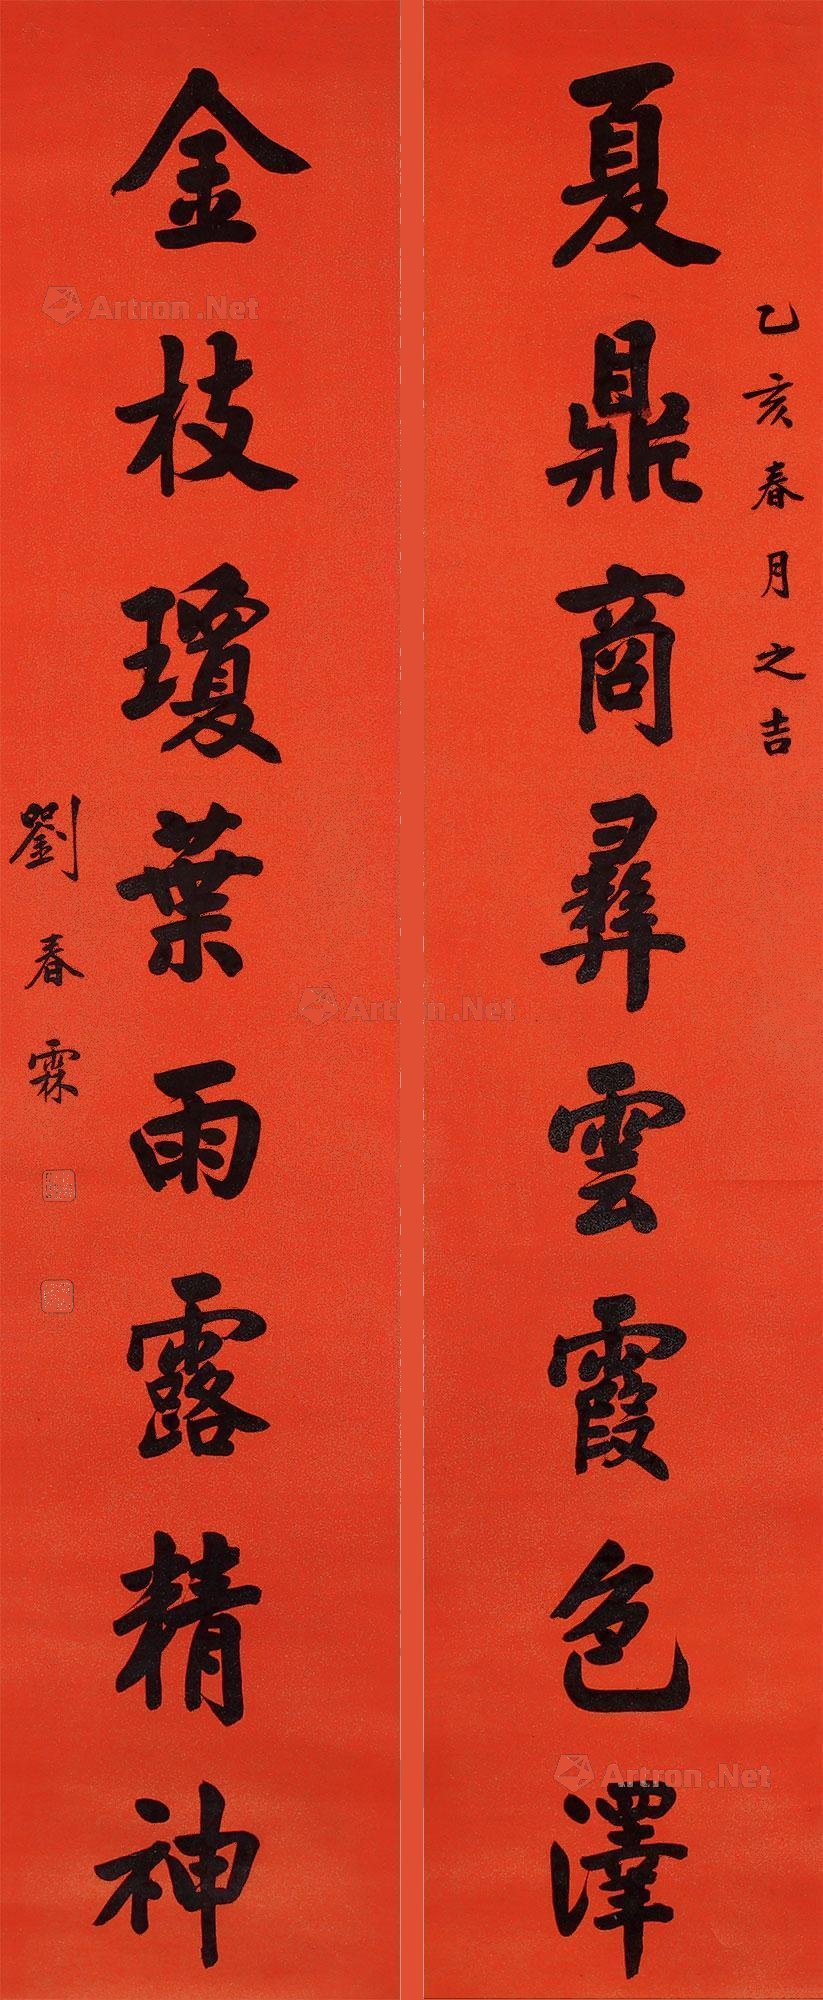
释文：夏鼎商彝云霞色泽，金枝琼叶雨露精神。乙亥（1875年）春月之吉，刘春霖。